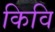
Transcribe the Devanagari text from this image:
किवि